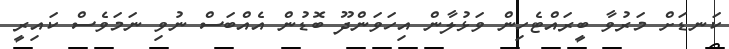
ކަނޑަށް މަރުވާ ބީރައްޓެހިން ވަޅުލާން އިހަވަންދޫ ބޮޑުން އެއްބަސް ނުވި ނަމަވެސް ކައިރީ